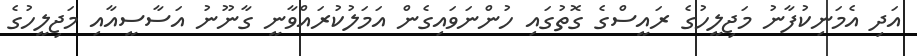
އަދި އެމަނިކުފާނު މަޖިލީހުގެ ރައީސްގެ ގޮތުގައި ހުންނަވައިގެން އަމަލުކުރައްވާނީ ގާނޫނު އަސާސީއާއި މަޖިލީހުގެ